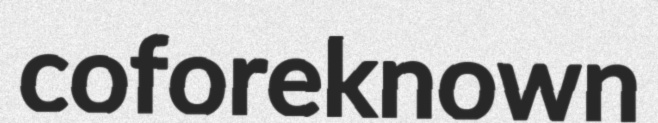
coforeknown